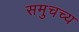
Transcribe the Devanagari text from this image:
समुचच्य